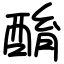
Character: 酳